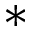
\ast